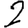
Digit: 2